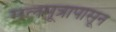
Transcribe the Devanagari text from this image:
मलमूत्रापासून